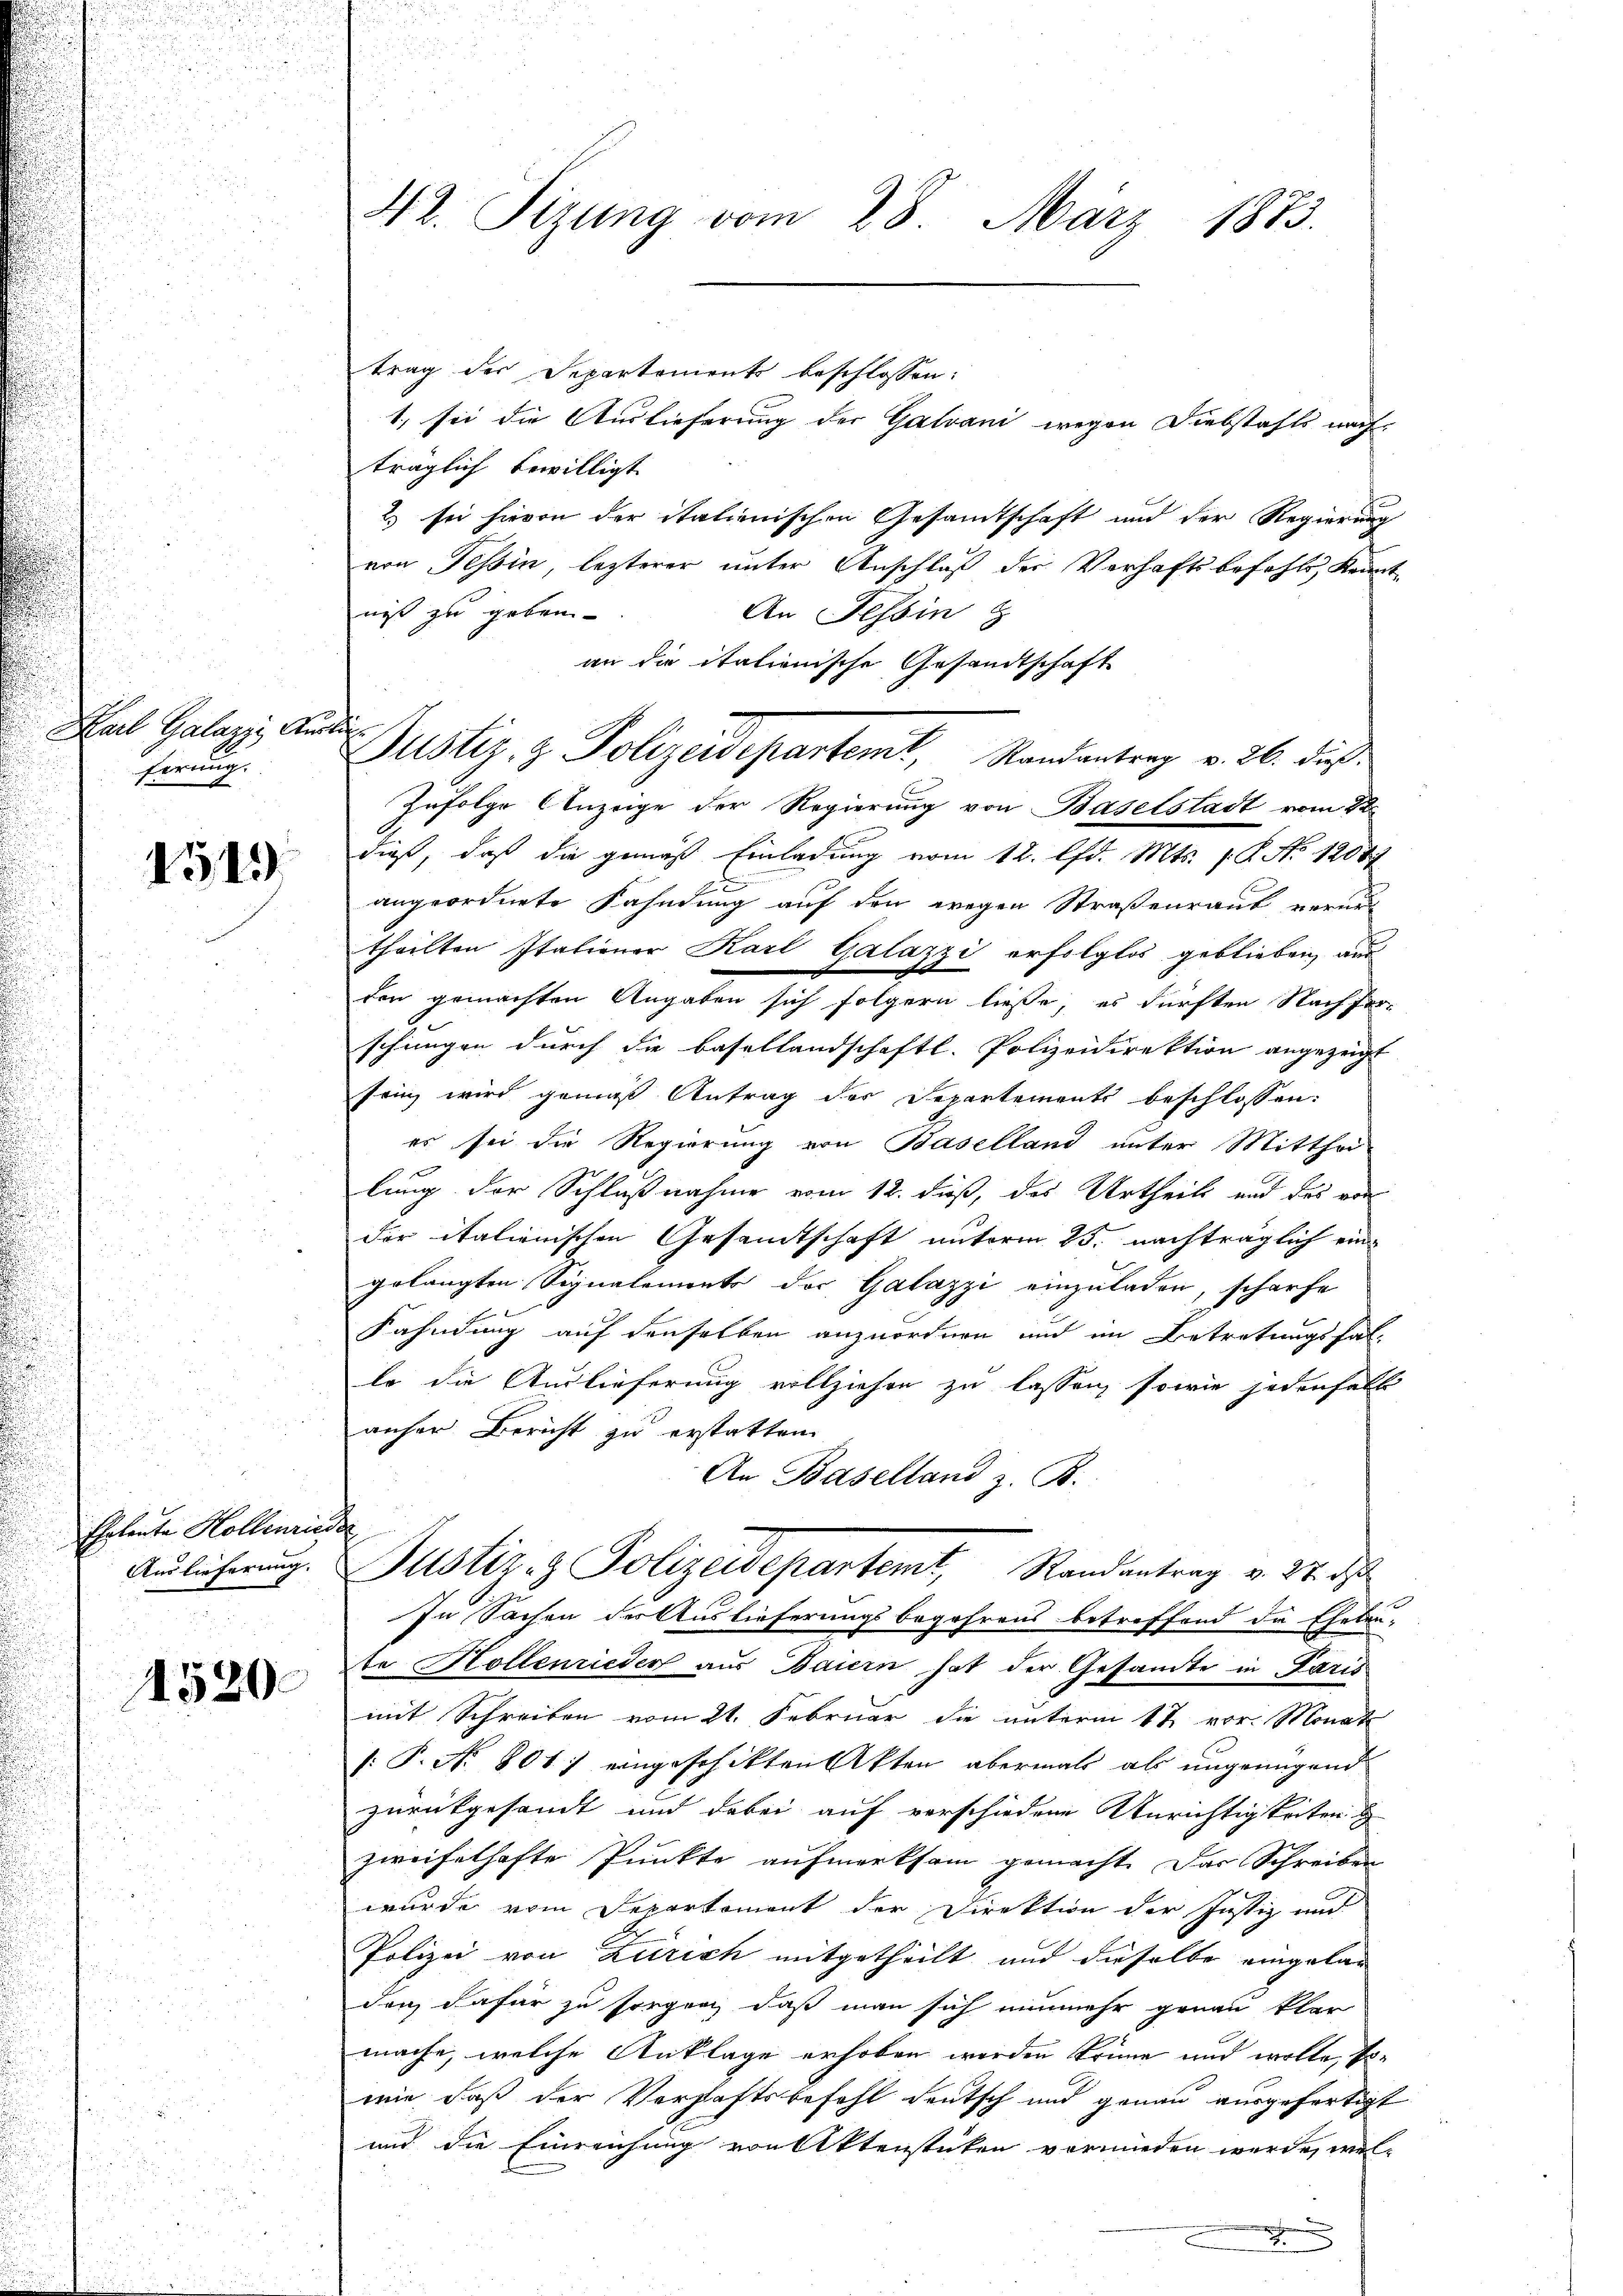
Karl Galazzi Kin
ferung.

1519

Eheleute Hollenriis

1520

42. Sizung vom 28. März 1883.

trag der Departements beschlossen:
1. sie die Auslieferung der Gatvani wegen Diebstahls nach
träglich bewilligt.
2) sei hievon der italienischen Gesandtschaft und der Regierung
von Tessin, lezterer unter Anschluß der Verhaftsbefehls, Kennt
niß zu geben
An Tessin
an die italienische Gesandtschaft
Zufolge Anzeige der Regierung von Baselstadt vom 22.
dieß, daß die gemäß Einladung vom 12. lfd. Mts. 1. P. No 12081
angeordnete Fahndung auf den wegen Straßenraut verurtheilten Italiener Karl Galazzi erfolglos geblieben, aus
den gemachten Angaben sich folgern ließe, es dürften Nachfor-
schungen durch die Basellandschaftl. Polizeidirektion angezeigt
frinz wird gemäß Antrag der Departements beschlossen:
es sei die Regierung von Baselland unter Mitthei-
lung der Schlußnahme vom 12. daß, das Urtheils und das vor
der italienischen Gesandtschaft unterm 25. nachträglich ein
gelangten Signalements der Galazzi einzuladen, scharfe
Fahndung auf denselben anzuordnen und im Betretungsfal
lo die Auslieferung vollziehen zu lassen, sowie jedenfall
anher Bericht zu erstatten.
An Baselland z. B.
.
Aŭlicherung. Justiz- & Polizeidepartemt, Randantrag v. 22. d
In Sachen der Auslieferungsbegehrens betreffend die Eheleute Hollenrieder aus Baiern hat der Gesandte in Paris
mit Schreiben vom 21. Februar die unterm 12. vor. Monat
[: P. No. 801) eingeschikten Akten abermals als ungenügend
zurückgesandt und dabei auf verschiedene Anrichtigkeiten
zweifelhafte Punkte aufmerksam gemacht. Das Schreiben
wurde vom Deparkoment der Direktion der Justiz und
Polizei von Zürich mitgetheilt und dieselbe eingelan
den, dafür zu sorgen, daß man sich nunmehr genau klar
mache, welche Anklage erhoben werden könne und wolle, sowie daß der Verhaftsbefehl deutsch und genau ausgefertigt
und die Einreichung von Aktenstücken vormieden wurde, welx

.
Justiz- & Polizeidepartemt, Randantrag v. 26. dieß.